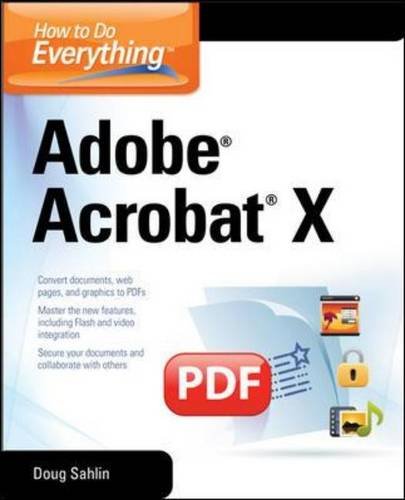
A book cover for How to Do Everything Adobe Acrobat X; Doug Sahlin; Computers & Technology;